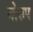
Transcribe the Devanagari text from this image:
गोरूप